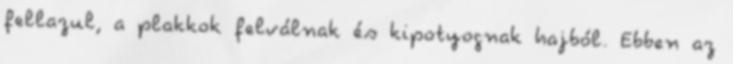
fellazul, a plakkok felválnak és kipotyognak hajból. Ebben az